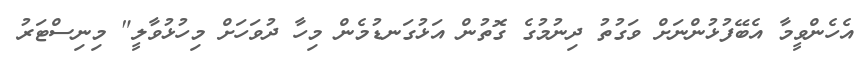
އެހެންވީމާ އެބޭފުޅުންނަށް ވަގުތު ދިނުމުގެ ގޮތުން އަޅުގަނޑުމެން މިހާ ދުވަހަށް މިހުޅުވާލީ" މިނިސްޓަރު